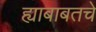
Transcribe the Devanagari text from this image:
ह्याबाबतचे